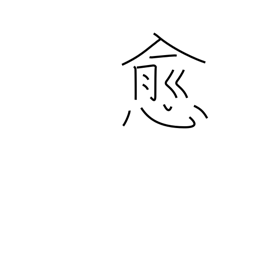
Meaning: beyond doubt